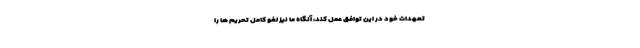
تعهدات خود در این توافق عمل کند، آنگاه ما نیز لغو کامل تحریم ها را